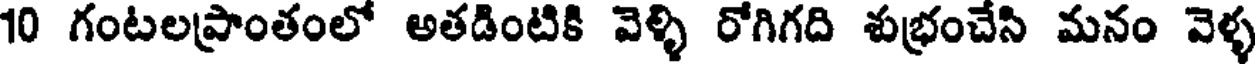
10 గంటలప్రాంతంలో అతడింటికి వెళ్ళి రోగిగది శుభ్రంచేసి మనం వెళ్ళ